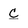
Character: C